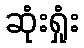
ဆုံးရှုံး